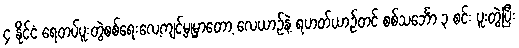
၄ နိုင်ငံ ရေတပ်ပူးတွဲစစ်ရေးလေ့ကျင့်မှုမှာတော့ လေယာဉ်နဲ့ ရဟတ်ယာဉ်တင် စစ်သင်္ဘော ၃ စင်း ပူးတွဲပြီး